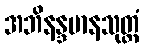
အဘိနန္ဒမာနသုတ္တံ